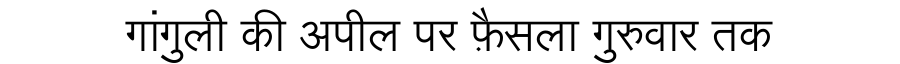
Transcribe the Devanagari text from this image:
गांगुली की अपील पर फ़ैसला गुरुवार तक